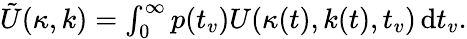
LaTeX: \begin{array}{r}{\tilde{U}(\kappa,k)=\int_{0}^{\infty}p(t_{v})U(\kappa(t),k(t),t_{v})\, \mathrm{d}t_{v}.}\end{array}